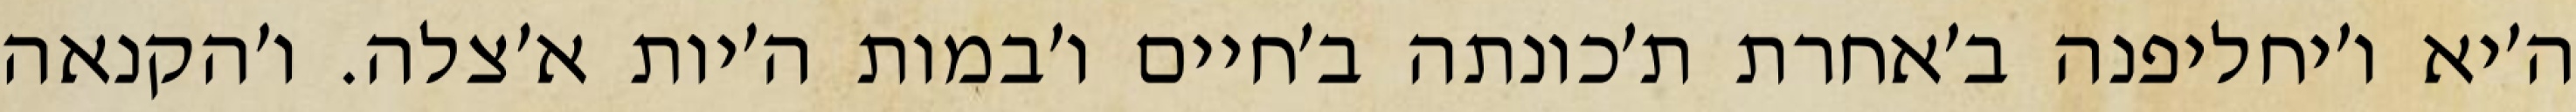
ה׳יא ו׳יחליפנה ב׳אחרת ת׳כונתה ב׳חיים ו׳במות ה׳יות א׳צלה. ו׳הקנאה